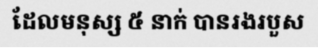
ដែលមនុស្ស ៥ នាក់ បានរងរបួស